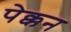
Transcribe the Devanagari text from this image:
पेक्कन